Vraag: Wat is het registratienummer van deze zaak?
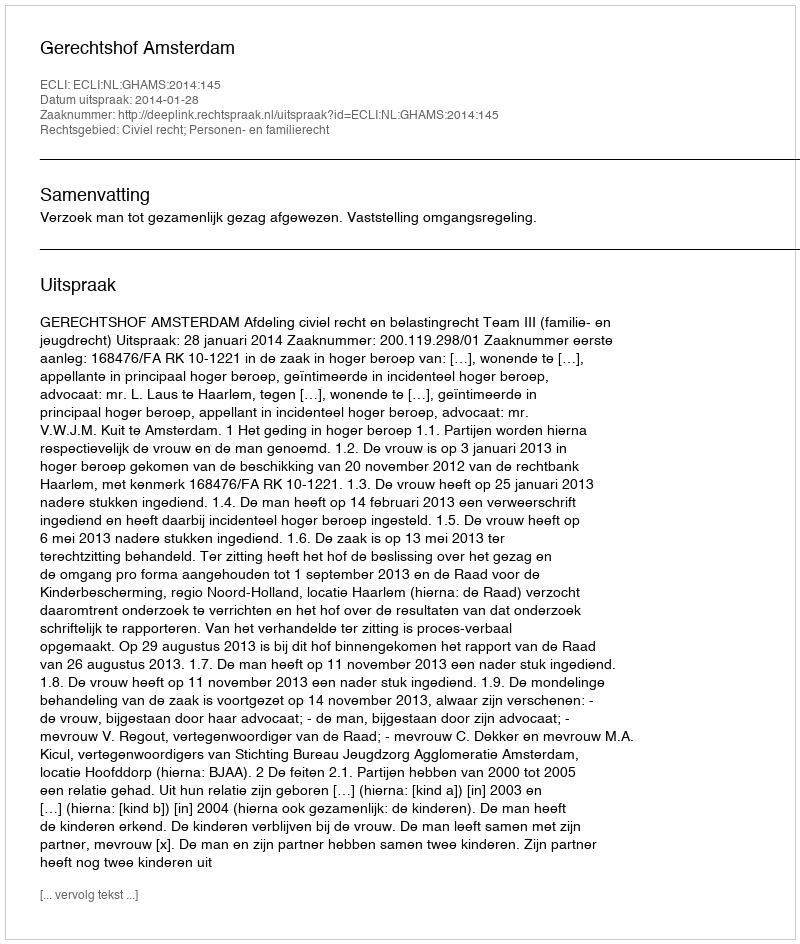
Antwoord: http://deeplink.rechtspraak.nl/uitspraak?id=ECLI:NL:GHAMS:2014:145